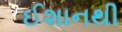
ઈશાનથી